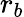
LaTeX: r_{b}